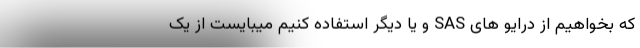
که بخواهیم از درایو های SAS و یا دیگر استفاده کنیم میبایست از یک